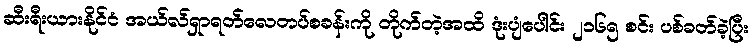
ဆီးရီးယားနိုင်ငံ အယ်လ်ရှာရတ်လေတပ်စခန်းကို တိုက်တဲ့အထိ ဒုံးပျံပေါင်း ၂၁၆၅ စင်း ပစ်ခတ်ခဲ့ပြီး